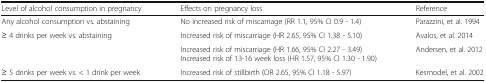
| Level of alcohol consumption in pregnancy | Effects on pregnancy loss | Reference |
 | --- | --- | --- |
 | Any alcohol consumption vs. abstaining | No increased risk of miscarriage (RR 1.1, 95% CI 0.9 - 1.4) | Parazzini, et al. 1994 |
 | <ROWSPAN=2> ≥ 4 drinks per week vs. abstaining | Increased risk of miscarriage (HR 2.65, 95% CI 1.38 - 5.10) | Avalos, et al. 2014 |
 | Increased risk of miscarriage (HR 1.66, 95% CI 2.27 - 3.49)Increased risk of 13-16 week loss (HR 1.57, 95% CI 1.30 - 1.90) | Andersen, et al. 2012 |
 | ≥ 5 drinks per week vs. < 1 drink per week | Increased risk of stillbirth (OR 2.65, 95% CI 1.18 - 5.97) | Kesmodel, et al. 2002 |